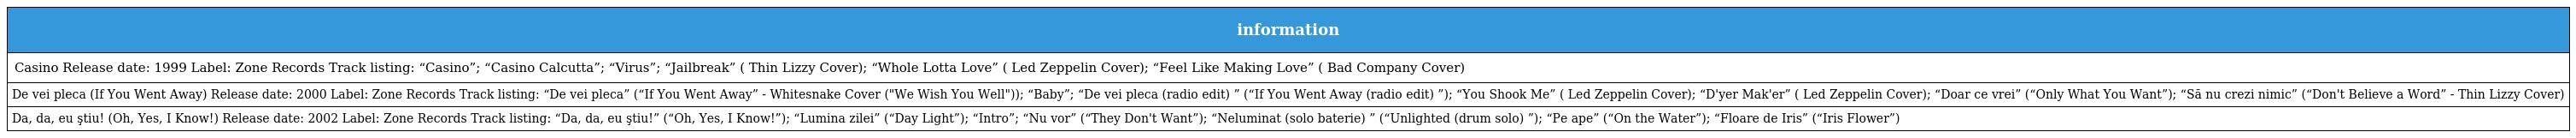
| information |
 | --- |
 | Casino Release date: 1999 Label: Zone Records Track listing: “Casino”; “Casino Calcutta”; “Virus”; “Jailbreak” ( Thin Lizzy Cover); “Whole Lotta Love” ( Led Zeppelin Cover); “Feel Like Making Love” ( Bad Company Cover) |
 | De vei pleca (If You Went Away) Release date: 2000 Label: Zone Records Track listing: “De vei pleca” (“If You Went Away” - Whitesnake Cover ("We Wish You Well")); “Baby”; “De vei pleca (radio edit) ” (“If You Went Away (radio edit) ”); “You Shook Me” ( Led Zeppelin Cover); “D'yer Mak'er” ( Led Zeppelin Cover); “Doar ce vrei” (“Only What You Want”); “Să nu crezi nimic” (“Don't Believe a Word” - Thin Lizzy Cover) |
 | Da, da, eu ştiu! (Oh, Yes, I Know!) Release date: 2002 Label: Zone Records Track listing: “Da, da, eu ştiu!” (“Oh, Yes, I Know!”); “Lumina zilei” (“Day Light”); “Intro”; “Nu vor” (“They Don't Want”); “Neluminat (solo baterie) ” (“Unlighted (drum solo) ”); “Pe ape” (“On the Water”); “Floare de Iris” (“Iris Flower”) |